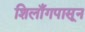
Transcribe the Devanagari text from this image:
शिलाँगपासून